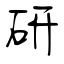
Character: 研